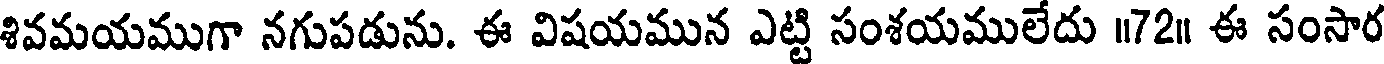
శివమయముగా నగుపడును. ఈ విషయమున ఎట్టి సంశయములేదు ॥72॥ ఈ సంసార